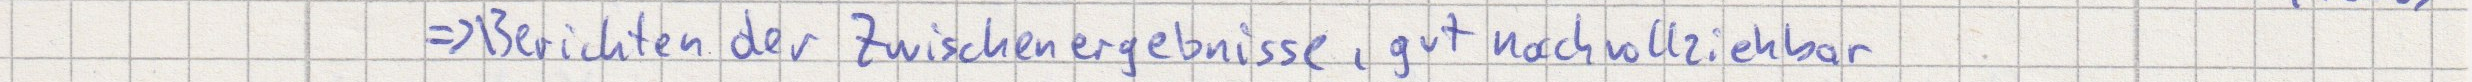
=> Berichten der Zwischenergebnisse, gut nachvollziehbar